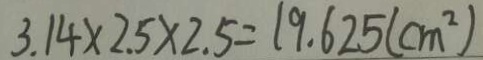
3 . 1 4 \times 2 . 5 \times 2 . 5 = 1 9 . 6 2 5 ( c m ^ { 2 } )